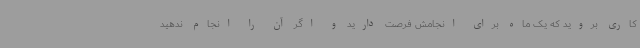
کاری بروید که یک ماه برای انجامش فرصت دارید و اگر آن را انجام ندهید